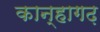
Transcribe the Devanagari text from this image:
कान्हागढ़